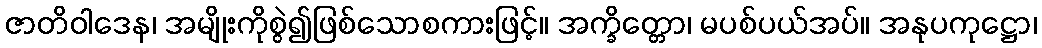
ဇာတိဝါဒေန၊ အမျိုးကိုစွဲ၍ဖြစ်သောစကားဖြင့်။ အက္ခိတ္တော၊ မပစ်ပယ်အပ်။ အနုပကုဋ္ဌော၊